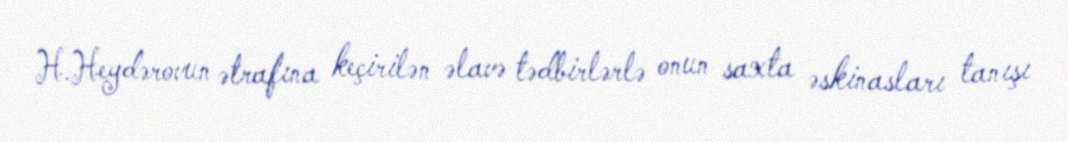
H.Heydərovun ətrafına keçirilən əlavə tədbirlərlə onun saxta əskinasları tanışı